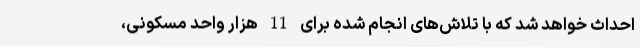
احداث خواهد شد که با تلاش‌های انجام شده برای 11 هزار واحد مسکونی،